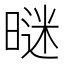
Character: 𣉢